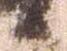
候